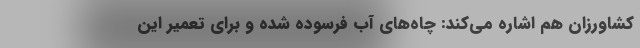
کشاورزان هم اشاره می‌کند: چاه‌های آب فرسوده شده و برای تعمیر این